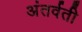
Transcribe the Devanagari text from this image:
अंतर्वती